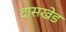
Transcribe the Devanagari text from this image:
दासखेड